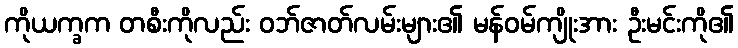
ကိုယက္ခက တစီးကိုလည်း ဝဘ်ဇာတ်လမ်းများ၏ မန်ဝမ်ကျိုးအား ဦးမင်းကို၏